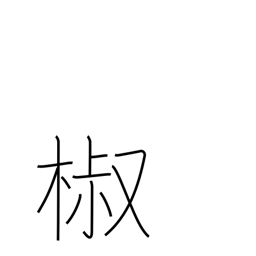
Meaning: Japanese pepper tree